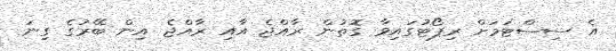
އެ ސިސްޓަމަށް ރިޕޯޓުގައިވާ ގޮތުން ރާއްޖެ އާއި ރާއްޖެ އިން ބޭރުގެ ގިނަ